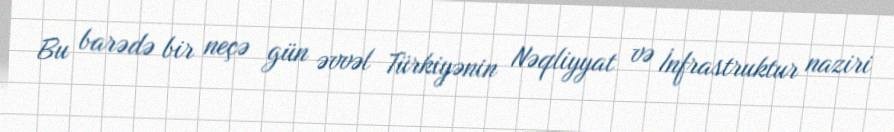
Bu barədə bir neçə gün əvvəl Türkiyənin Nəqliyyat və İnfrastruktur naziri